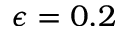
\epsilon = 0 . 2